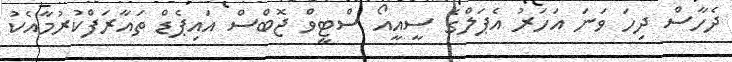
ދެހާސް ދިހަ ވަނަ އަހަރު އެޕަލްގެ ސީއީއޯ ސްޓީވް ޖޮބްސް އައިޕެޑް ތައާރަފްކުރުމާއެކު